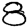
Digit: 8